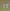
it